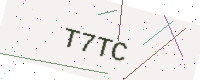
Text: T7TC